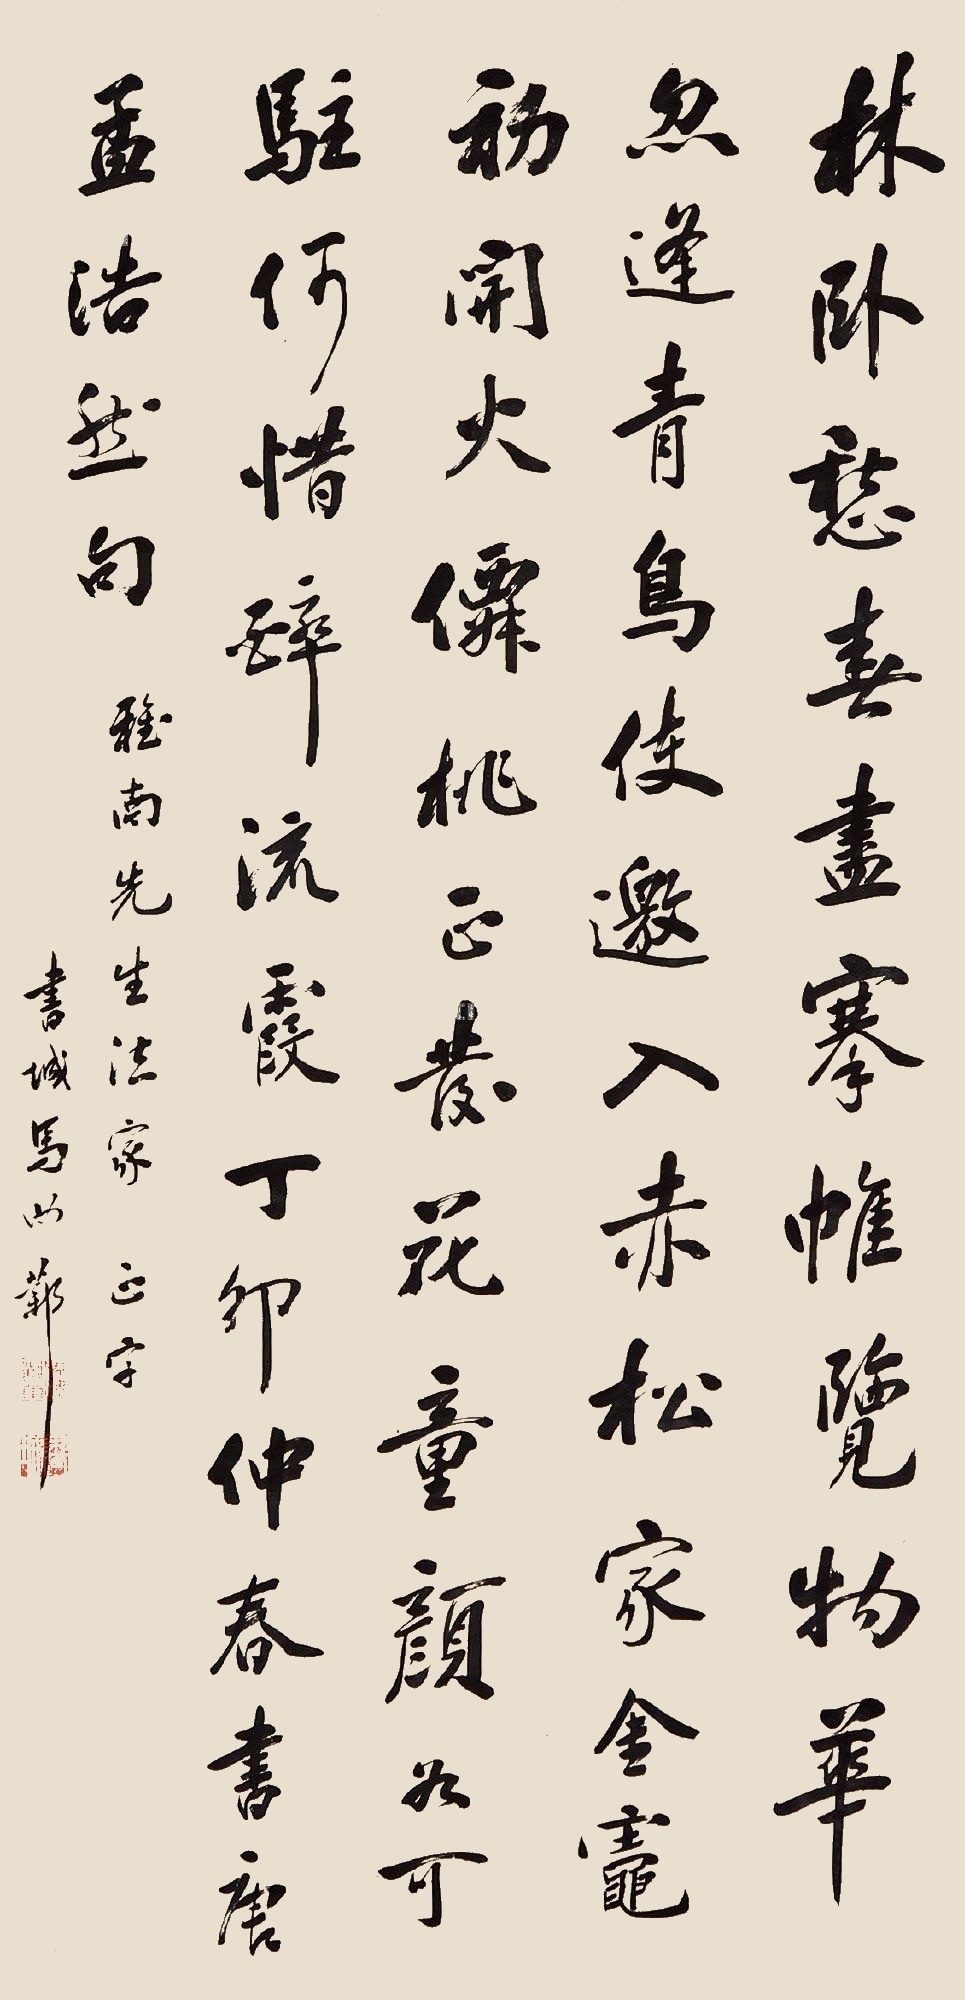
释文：林卧愁春尽，开轩览物华。忽逢青鸟使，邀入赤松家。丹灶初开火，仙桃正发花。童颜若可驻，何惜醉流霞。丁卯仲春书书唐孟浩然句，雅南先生法家正字，书城马汝邺。